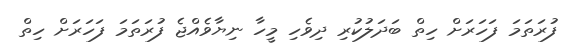
ފުރަތަމަ ފަހަރަށް ހިތް ބަދަލުކުރި ދިވެހި މީހާ ނިޔާވެއްޖެ ފުރަތަމަ ފަހަރަށް ހިތް